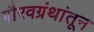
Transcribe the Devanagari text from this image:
गौरवग्रंथांतून